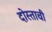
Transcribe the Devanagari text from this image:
दोस्ताची